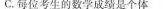
C.每位考生的数学成绩是个体